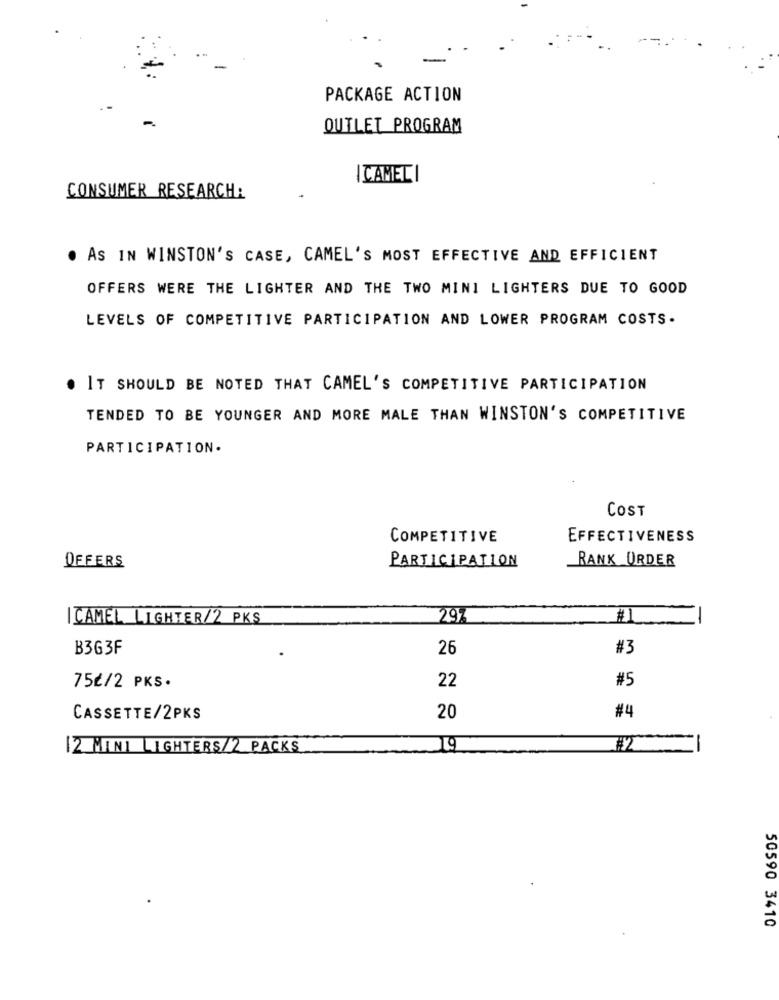
PACKAGE ACTION
OUTLET PROGRAM
ICAMELI
CONSUMER RESEARCH:
. AS IN WINSTON'S CASE, CAMEL'S MOST EFFECTIVE AND EFFICIENT
OFFERS WERE THE LIGHTER AND THE TWO MINI LIGHTERS DUE TO GOOD
LEVELS OF COMPETITIVE PARTICIPATION AND LOWER PROGRAM COSTS.
. IT SHOULD BE NOTED THAT CAMEL'S COMPETITIVE PARTICIPATION
TENDED TO BE YOUNGER AND MORE MALE THAN WINSTON'S COMPETITIVE
PARTICIPATION.
COST
COMPETITIVE
EFFECTIVENESS
PARTICIPATION
RANK ÜRDER
OFFERS
I CAMEL LIGHTER/2 PKS
297
#1
-
B363F
26
#3
22
#5
75€/2 PKS.
CASSETTE/2PKS
20
#4
12 MINI LIGHTERS/2 PACKS
19
#2
50590 3410